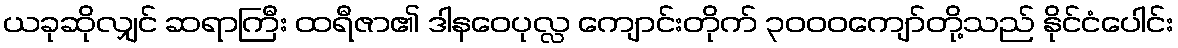
ယခုဆိုလျှင် ဆရာကြီး ထရီဇာ၏ ဒါနဝေပုလ္လ ကျောင်းတိုက် ၃၀၀၀ကျော်တို့သည် နိုင်ငံပေါင်း